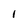
Character: l